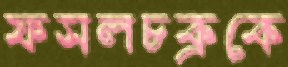
ফসলচক্রকে